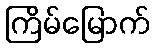
ကြိမ်မြောက်